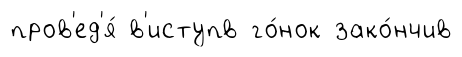
пров'ед'я́ в'иступв го́нок зако́нчив